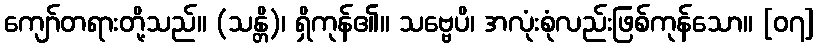
ကျော်တရားတို့သည်။ (သန္တိ)၊ ရှိကုန်၏။ သဗ္ဗေပိ၊ အလုံးစုံလည်းဖြစ်ကုန်သော။ [၀၇]